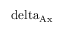
\mathrm { \ d e l t a _ { A x } }